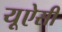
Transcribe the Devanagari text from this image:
यूऐसी